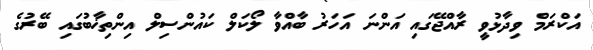
އަކްރަމް ވިދާޅުވީ ރާއްޖޭގައި އަންނަ އަހަރު ބާއްވާ ލޯކަލް ކައުންސިލް އިންތިޚާބުގައި ބޭރުގެ